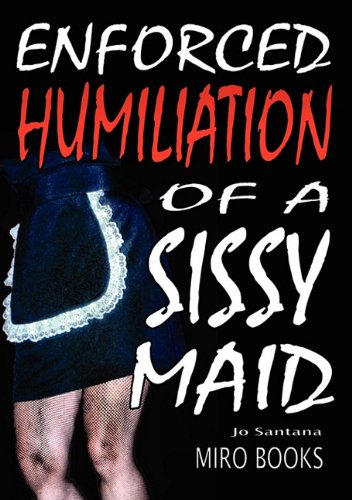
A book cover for Enforced Humiliation of a Sissy Maid; Jo Santana; Romance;